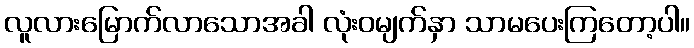
လူလားမြောက်လာသောအခါ လုံးဝမျက်နှာ သာမပေးကြတော့ပါ။